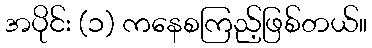
အပိုင်း (၁) ကနေစကြည့်ဖြစ်တယ်။